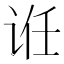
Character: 𬣯